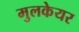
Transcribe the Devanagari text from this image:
मुलकेयर